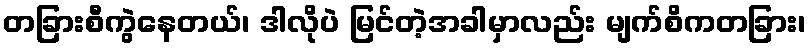
တခြားစီကွဲနေတယ်၊ ဒါလိုပဲ မြင်တဲ့အခါမှာလည်း မျက်စိကတခြား၊